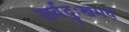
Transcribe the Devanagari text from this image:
सर्वदुःखमयं